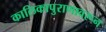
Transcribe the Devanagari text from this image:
कालिकापुराणावरून